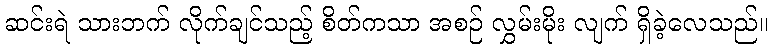
ဆင်းရဲ သားဘက် လိုက်ချင်သည့် စိတ်ကသာ အစဉ် လွှမ်းမိုး လျက် ရှိခဲ့လေသည်။